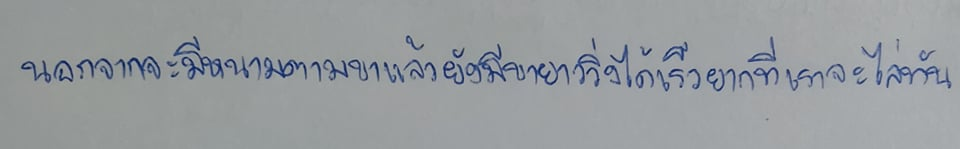
นอกจากจะมีหนามตามขาแล้วยังมีขายาววิ่งได้เร็วยากที่เราจะไล่ทัน